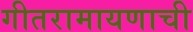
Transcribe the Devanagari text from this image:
गीतरामायणाची